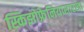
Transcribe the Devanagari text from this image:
स्किझोफ्रेनियासारखा